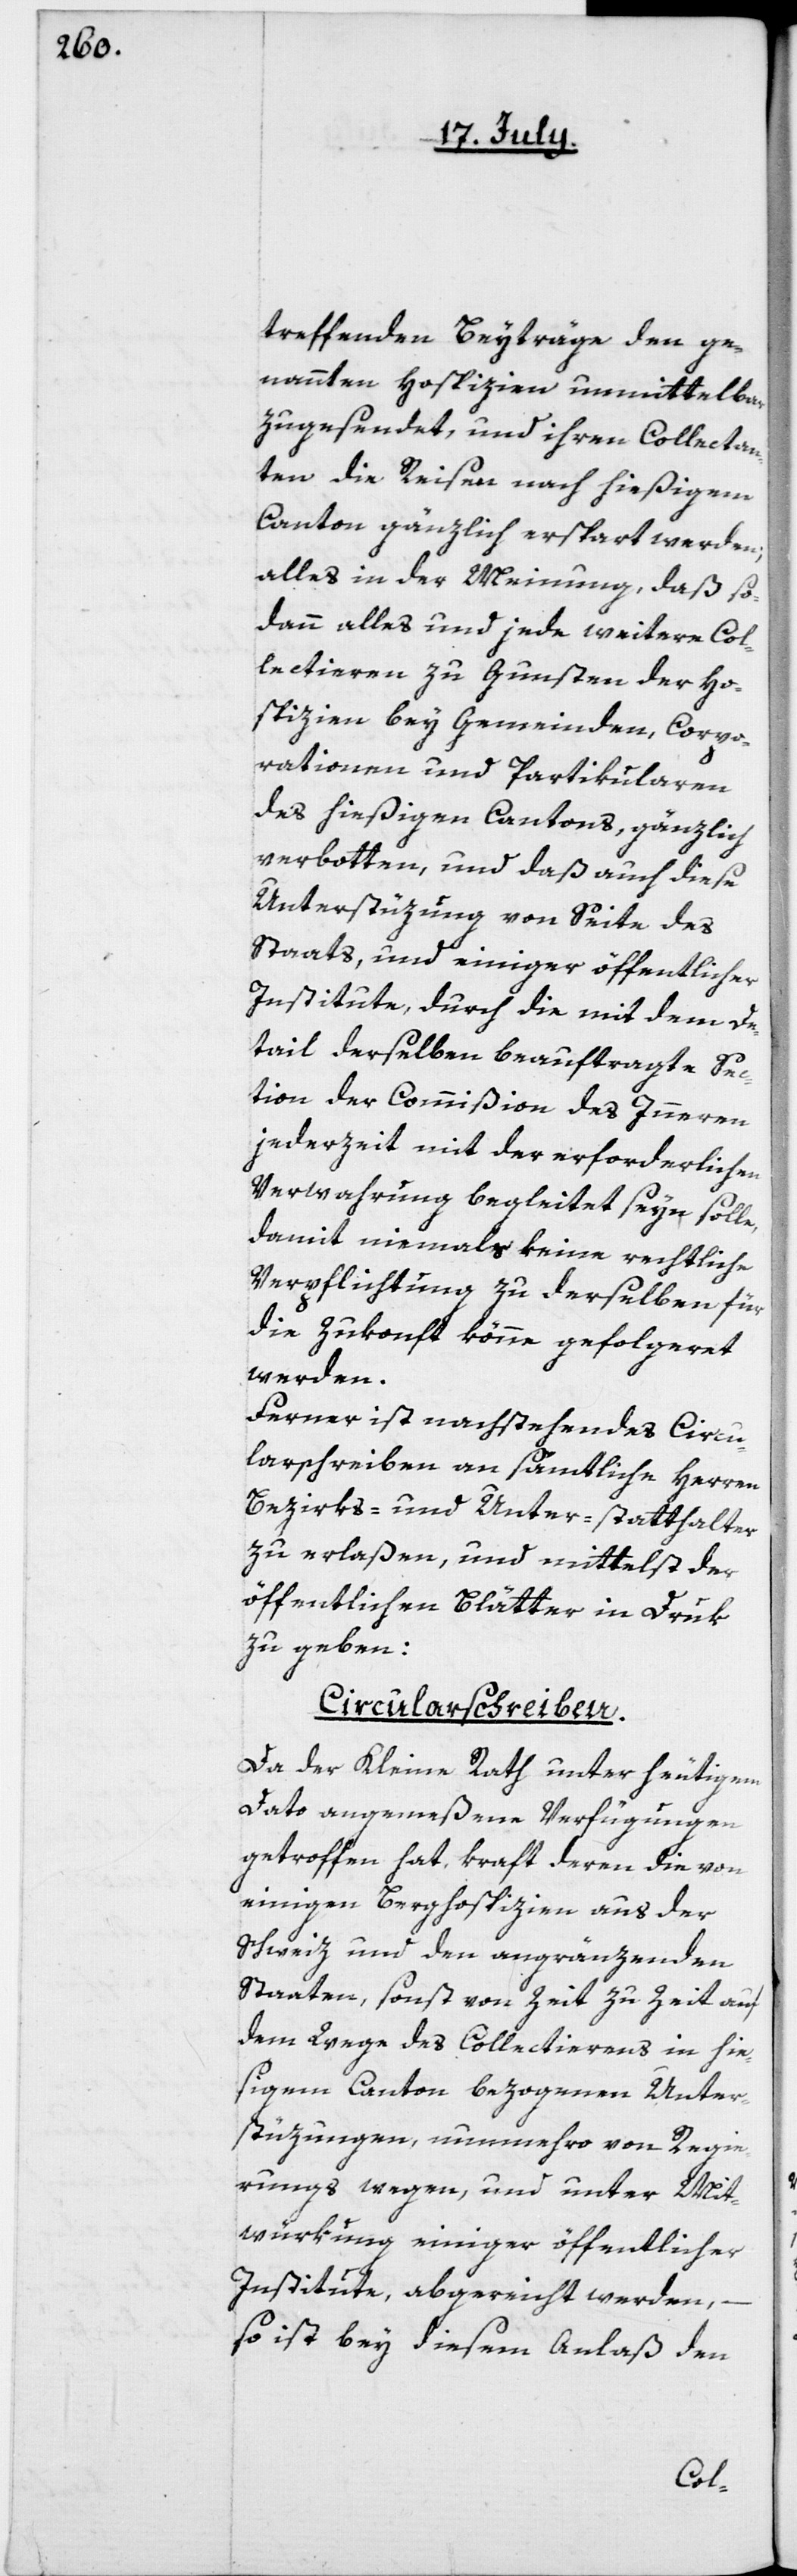
treffenden Beyträge den ge¬
nannten Hospizien unmittelbar
zugesendet, und ihren Collectan¬
ten die Reisen nach hießigem
Canton gänzlich erspart werden;
alles in der Meinung, daß so¬
dann alles und jedes weitere Col¬
lectieren zu Gunsten der Ho¬
spizien bey Gemeinden, Corpo¬
rationen und Partikularen
des hießigen Cantons, gänzlich
verbotten, und daß auch diese
Unterstüzung von Seite des
Staats, und einiger öffentlicher
Institute, durch die mit dem De¬
tail derselben beauftragte Se¬
ction der Commißion des Innern
jederzeit mit der erforderlichen
Verwahrung begleitet syn solle,
damit niemals keine rechtliche
Verpflichtung zu derselben für
die Zukonft könne gefolgeret
werden.
Ferner ist nachstehendes Circu¬
larschreiben an sämtliche Herren
Bezirks- und Unter-statthalter
zu erlaßen, und mittelst der
öffentlichen Blätter in Druk
zu geben:
Circularschreiben.
Da der Kleine Rath unter heutigem
Dato angemeßene Verfügungen
getroffen hat, kraft deren die von
einigen Berghospizien aus der
Schweiz und den angränzenden
Staaten, sonst von Zeit zu Zeit auf
dem Wege des Collectierens in hie¬
sigem Canton bezogenen Unter¬
stüzungen, nunmehro von Regie¬
rungs wegen, und unter Mit¬
würkung einiger öffentlicher
Institute, abgereicht werden,
so ist bey diesem Anlaß den